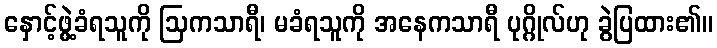
နှောင့်ဖွဲ့ခံရသူကို ဩကသာရီ၊ မခံရသူကို အနေကသာရီ ပုဂ္ဂိုလ်ဟု ခွဲပြထား၏။